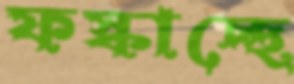
ফস্‌কাচ্ছে